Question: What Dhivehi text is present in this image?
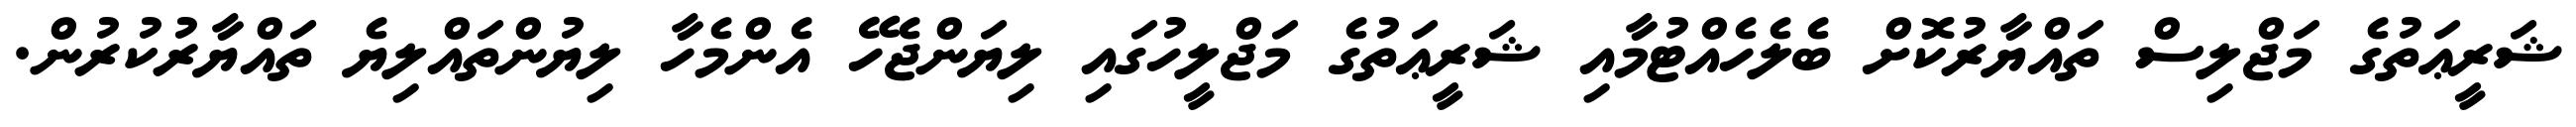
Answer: ޝަރީޢަތުގެ މަޖްލިސް ތައްޔާރުކޮށް ބެލެހެއްޓުމާއި ޝަރީޢަތުގެ މަޖްލީހުގައި ލިޔަންޖެހޭ އެންމެހާ ލިޔުންތައްލިޔެ ތައްޔާރުކުރުން.